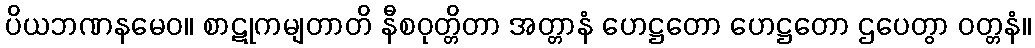
ပိယဘဏနမေဝ။ စာဋုကမျတာတိ နီစဝုတ္တိတာ အတ္တာနံ ဟေဋ္ဌတော ဟေဋ္ဌတော ဌပေတွာ ဝတ္တနံ။